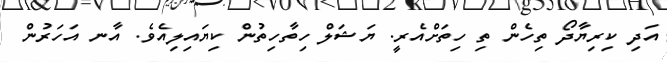
އަދި ކިރިޔާދޯ ތިހެން ތި ހިތަށްއެރީ. ޔަޝަލް ހިތާހިތުން ކިޔައިލިއެވެ. އާނ އަހަރުން